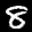
Label: 8